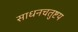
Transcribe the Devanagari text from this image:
साधनचतुष्टय